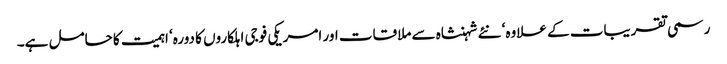
رسمی تقریبات کے علاوہ‘ نئے شہنشاہ سے ملاقات اور امریکی فوجی اہلکاروں کا دورہ‘ اہمیت کا حامل ہے۔